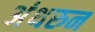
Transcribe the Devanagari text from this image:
अंथरुन